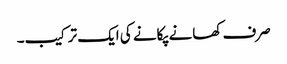
صرف کھانے پکانے کی ایک ترکیب۔